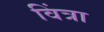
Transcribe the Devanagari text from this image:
विंत्रा